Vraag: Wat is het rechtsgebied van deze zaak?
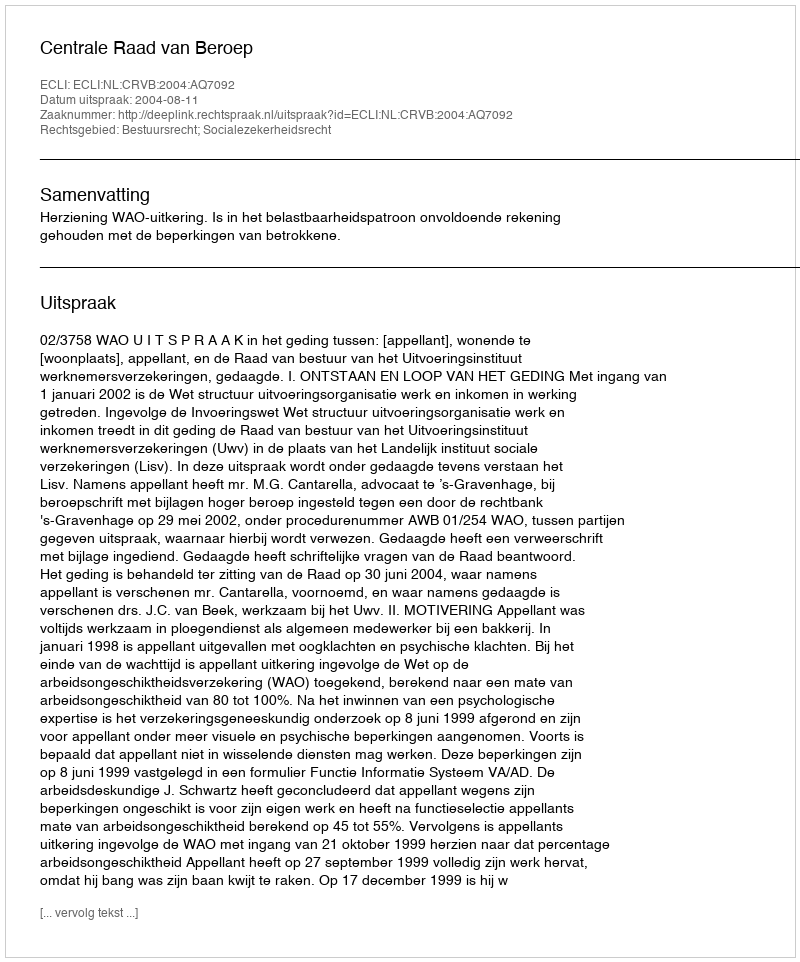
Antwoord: Bestuursrecht; Socialezekerheidsrecht